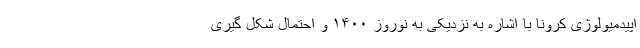
اپیدمیولوژی کرونا با اشاره به نزدیکی به نوروز ۱۴۰۰ و احتمال شکل گیری